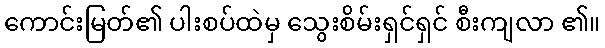
ကောင်းမြတ်၏ ပါးစပ်ထဲမှ သွေးစိမ်းရှင်ရှင် စီးကျလာ ၏။